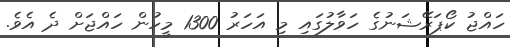
ހައްޖު ކޯޕަރޭޝަނުގެ ހަވާލުގައި މި އަހަރު 1300 މީހުން ހައްޖަށް ދެ އެވެ.